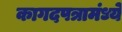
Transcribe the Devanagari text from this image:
कागदपत्रामंध्ये